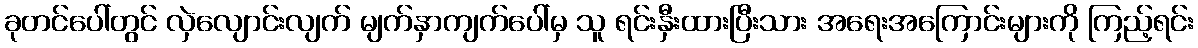
ခုတင်ပေါ်တွင် လှဲလျောင်းလျက် မျက်နှာကျက်ပေါ်မှ သူ ရင်းနှီးထားပြီးသား အရေးအကြောင်းများကို ကြည့်ရင်း